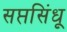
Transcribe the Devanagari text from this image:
सप्तसिंधू